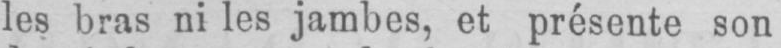
les bras ni les jambes, et présente son